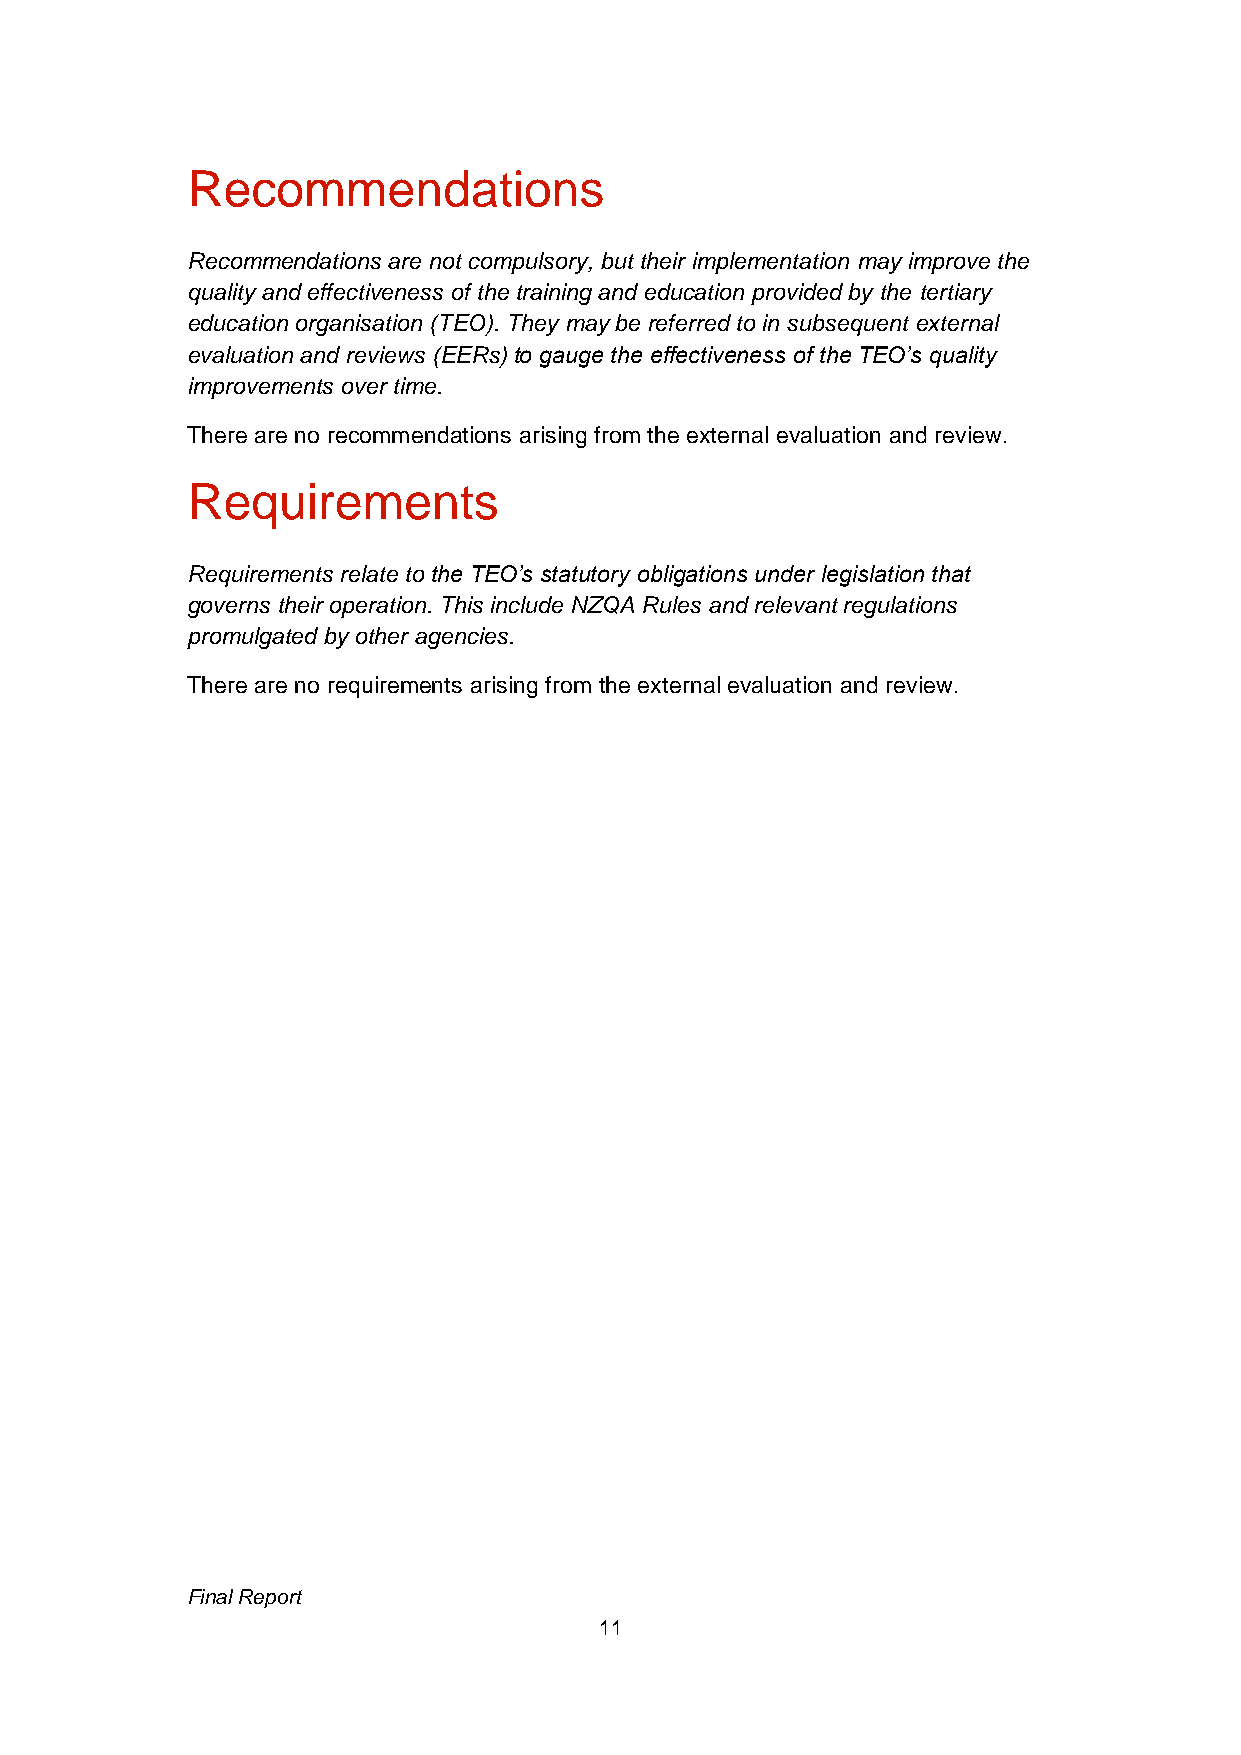
Recommendations
 Recommendations are not compulsory, but their implementation may improve the
 quality and effectiveness of the training and education provided by the tertiary
 education organisation (TEO). They may be referred to in subsequent external
 evaluation and reviews (EERs) to gauge the effectiveness of the TEO’s quality
 improvements over time.
 There are no recommendations arising from the external evaluation and review.
 Requirements
 Requirements relate to the TEO’s statutory obligations under legislation that
 governs their operation. This include NZQA Rules and relevant regulations
 promulgated by other agencies.
 There are no requirements arising from the external evaluation and review.
 Final Report
 11